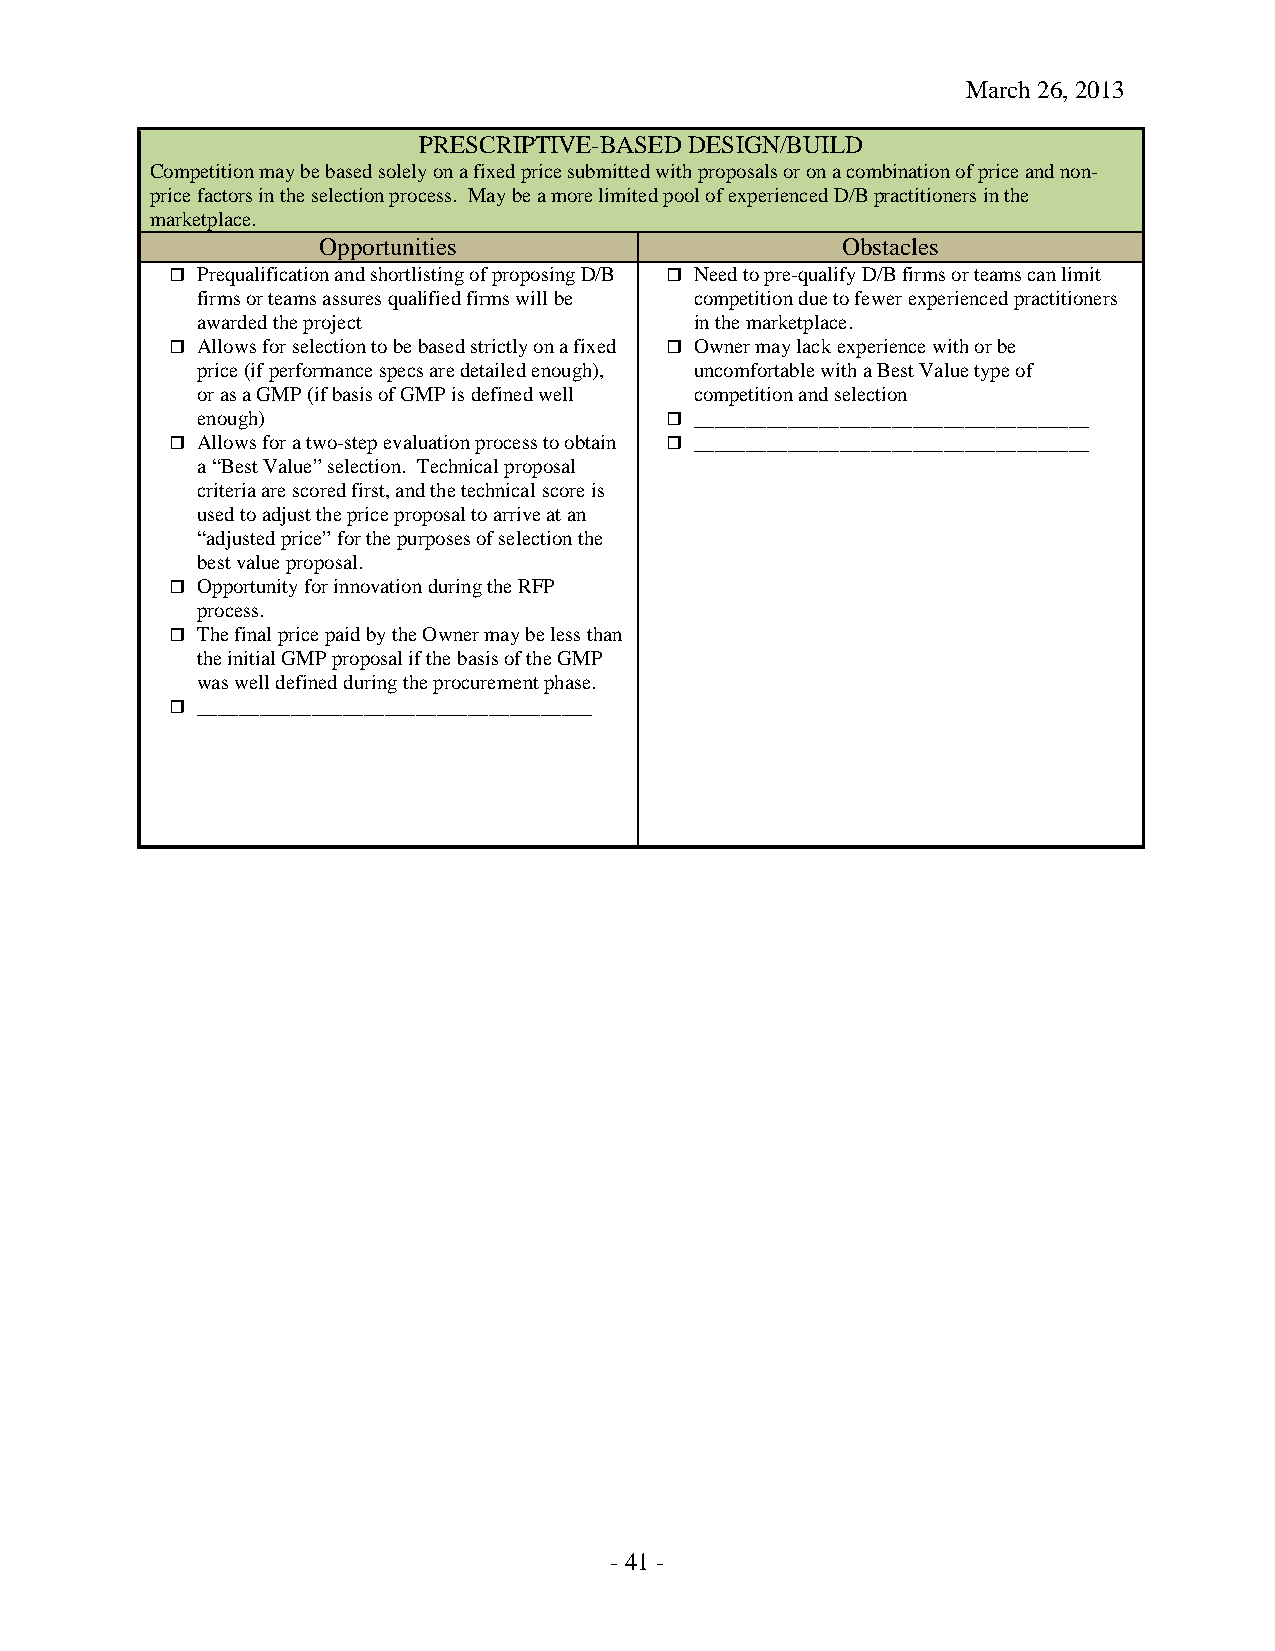
March 26, 2013
 PRESCRIPTIVE-BASED DESIGN/BUILD
 Competition may be based solely on a fixed price submitted with proposals or on a combination of price and non-
 price factors in the selection process. May be a more limited pool of experienced D/B practitioners in the
 marketplace.
 Opportunities                      Obstacles
  Prequalification and shortlisting of proposing D/B  Need to pre-qualify D/B firms or teams can limit
 firms or teams assures qualified firms will be competition due to fewer experienced practitioners
 awarded the project              in the marketplace.
  Allows for selection to be based strictly on a fixed  Owner may lack experience with or be
 price (if performance specs are detailed enough), uncomfortable with a Best Value type of
 or as a GMP (if basis of GMP is defined well competition and selection
 enough)                         ______________________________________
  Allows for a two-step evaluation process to obtain  ______________________________________
 a “Best Value” selection. Technical proposal
 criteria are scored first, and the technical score is
 used to adjust the price proposal to arrive at an
 “adjusted price” for the purposes of selection the
 best value proposal.
  Opportunity for innovation during the RFP
 process.
  The final price paid by the Owner may be less than
 the initial GMP proposal if the basis of the GMP
 was well defined during the procurement phase.
  ______________________________________
 - 41 -